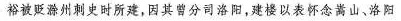
裕被贬滁州刺史时所建，因其曾分司洛阳，建楼以表怀念嵩山，洛阳